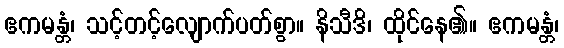
ဧကမန္တံ၊ သင့်တင့်လျောက်ပတ်စွာ။ နိသီဒိ၊ ထိုင်နေ၏။ ဧကမန္တံ၊